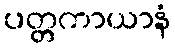
ပတ္တကာယာနံ